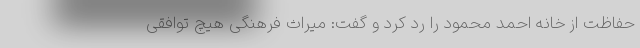
حفاظت از خانه احمد محمود را رد کرد و گفت: میراث فرهنگی هیچ توافقی